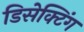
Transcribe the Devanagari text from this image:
डिसेक्टिंग